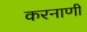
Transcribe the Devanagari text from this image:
करनाणी